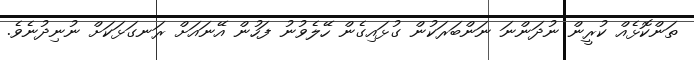
ތަންކޮޅެއް ކުރީން ނުދަންނަ ނަންބަރަކުން ގުޅައިގެން ހޭލެވުނު ފަހުން އޭނައަށް ރަނގަޅަކަށް ނުނިދުނެވެ.